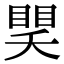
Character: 𥈏